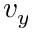
v _ { y }